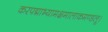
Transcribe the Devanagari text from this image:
करपद्माभ्यामक्षमालाकमण्डलू।